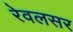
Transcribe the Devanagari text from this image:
रेवलसर